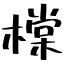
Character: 橖